Annual report of the Imperial Bacteriological Laboratory, Muktesar
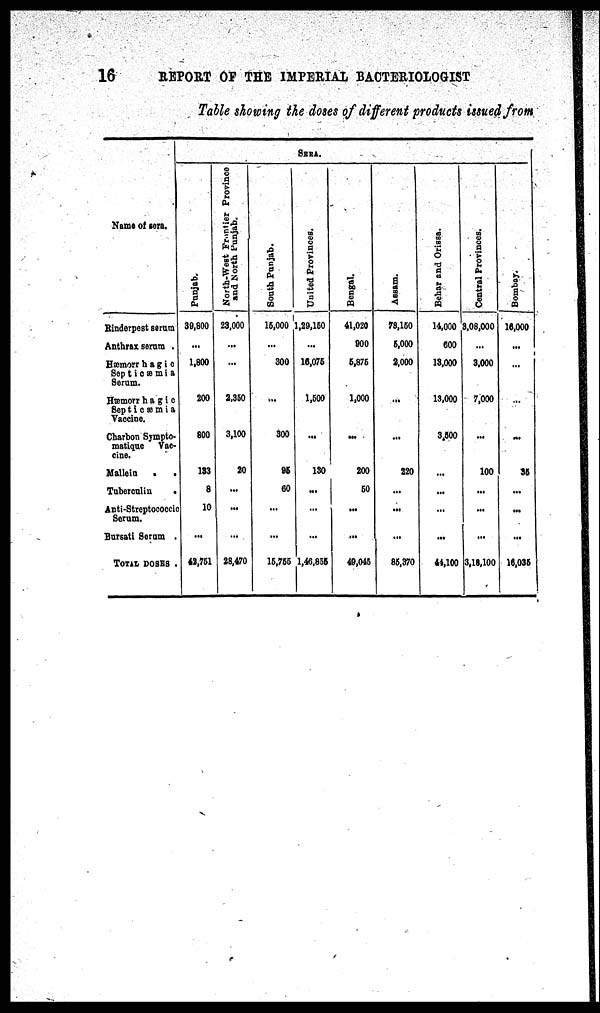
16 REPORT OF THE IMPERIAL BACTERIOLOGIST
Table showing the doses of different products issued from
Name of sera.
Rinderpest serum
Anthrax serum .
Hæmorrhagic
Septioæmia
Serum.
Hæmorrhagic
Septicæmia
Vaccine.
Charbon Sympto¬
matique Vac-
cine.
Mallein
.
.
Tuberculin
.
Anti-Streptococcic
Serum.
Bursati Serum .
TOTAL DOSES .
Punjab.
39,800
...
1,800
200
800
133
8
10
...
42,751
North-West
Frontier Province
and North Punjab.
23,000
...
...
2,350
3,100
20
...
...
...
28,470
South Punjab.
SERA
United Provinces.
15,000 1,29,150
...
300
...
300
95
60
...
...
15,755
...
16,075
1,500
...
130
...
...
...
1,46,855
Bengal.
41,020
900
5,876
1,000
...
200
50
...
...
49,045
Assam.
78,150
5,000
2,000
...
...
220
...
...
...
85,370
Behar
and Orissa.
14,000
600
13,000
13,000
3,500
...
...
...
...
44,100
Central Provinces.
3,08,000
...
3,000
7,000
...
100
...
...
...
3,18,100
Bombay.
16,000
...
...
...
...
35
...
...
...
16,035